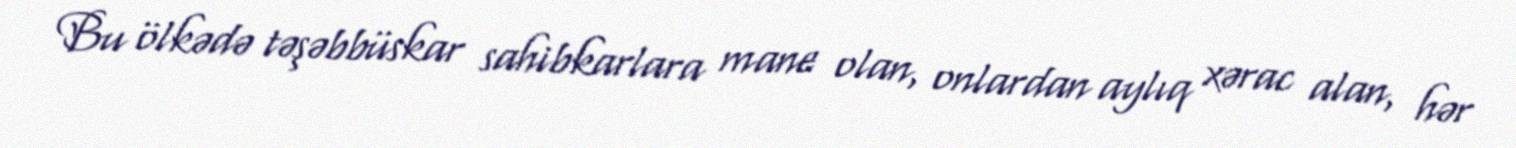
Bu ölkədə təşəbbüskar sahibkarlara mane olan, onlardan aylıq xərac alan, hər